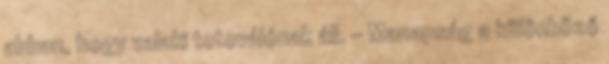
abban, hogy valaki tetoválónak áll. – Manapság a különböző